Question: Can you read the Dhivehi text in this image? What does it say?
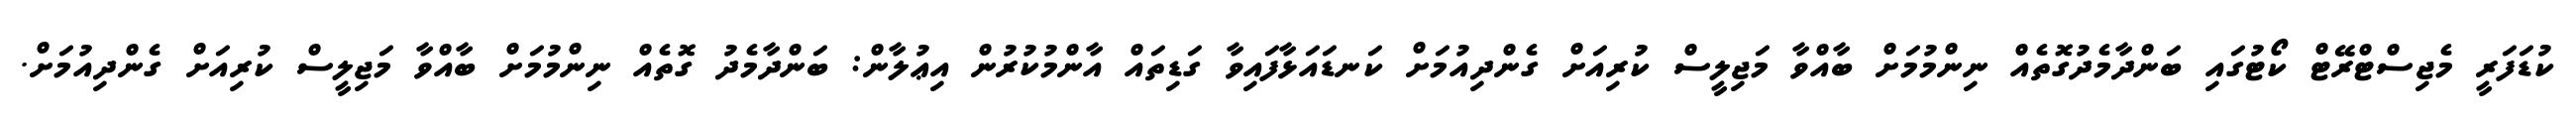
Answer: ކުޑަފަރީ މެޖިސްޓްރޭޓް ކޯޓުގައި ބަންދާމެދުގޮތެއް ނިންމުމަށް ބާއްވާ މަޖިލީސް ކުރިއަށް ގެންދިއުމަށް ކަނޑައަޅާފައިވާ ގަޑިތައް އާންމުކުރުން އިޢުލާން: ބަންދާމެދު ގޮތެއް ނިންމުމަށް ބާއްވާ މަޖިލީސް ކުރިއަށް ގެންދިއުމަށް.